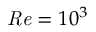
\mathit { R e } = 1 0 ^ { 3 }